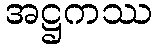
အဋ္ဌကဿ